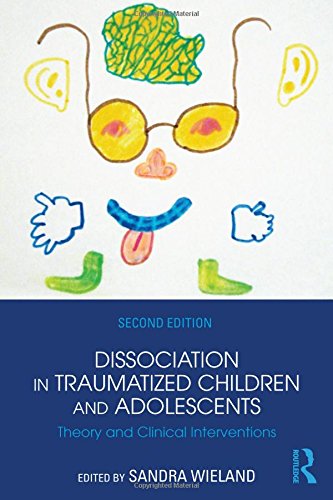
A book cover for Dissociation in Traumatized Children and Adolescents: Theory and Clinical Interventions; Health, Fitness & Dieting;